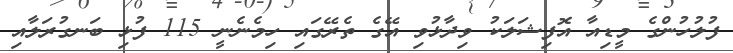
ފުލުހުންގެ މީޑިއާ އޮފިޝަލަކު ވިދާޅުވި އޭގެ ތެރޭގައި ހިމެނެނީ 115 ފުޅި ބަނގުރަލާއި